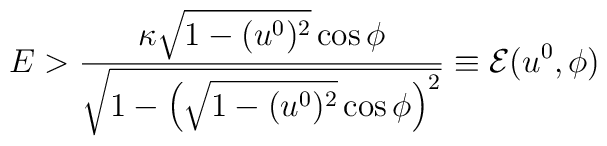
E > \frac{\kappa \sqrt{1 - (u^0)^2} \cos\phi}{\sqrt{1 - \left(\sqrt{1 - (u^0)^2} \cos\phi\right)^2}} \equiv \mathcal{E}(u^0, \phi)